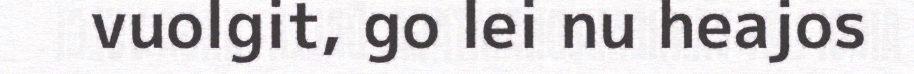
vuolgit, go lei nu heajos